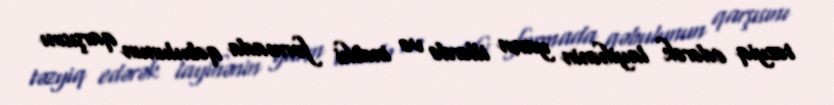
təzyiq edərək layihənin yaxın illərdə və indiki formada qəbulunun qarşısını